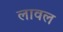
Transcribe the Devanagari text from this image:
लावल